Civil Veterinary Department Bihar & Orissa reports 1911-21 - 1911-1921
Year: 1911
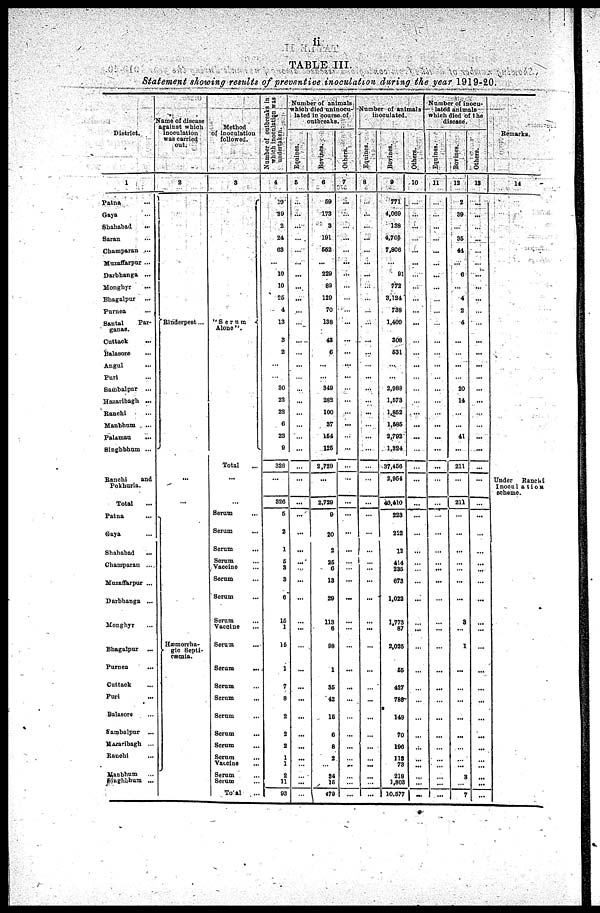
ii
TABLE III.
Statement showing results of preventive inoculation during the year 1919-20.
District.
1
Patna ...
Gaya ...
Shahabad ...
Saran ...
Champaran ...
Muzaffarpur ...
Dabhanga ...
Monghyr ...
Bhagalpur ...
Purnea ...
Santal
Par-
ganas.
Cuttack ...
Balasore ...
Angul ...
Puri ...
Sambalpur ...
Hazaribagh ...
Ranchi ...
Manbham ...
Palamau ...
Singhbhum ...
Ranchi
and
Pobhuria.
Total ...
Patna ...
Gaya ...
Shahabad ...
Champaran ...
Muzaffarpur ...
Darbhanga ...
Monghyr ...
Bhagalpur ...
Purnea ...
Cuttack ...
Puri ...
Balasorte ...
Sambalpur ...
Hazaribagh
Ranchi ...
Manbham ...
Singhbhum
...
Name of disease
against which
Inoculation
was carried
out.
2
Rinderpest ...
...
...
Hæmorrha-
gic Septi-
cæmia.
Method
of Inoculation
followed.
3
"Serum
Alone "
Total ...
...
...
Serum ...
Serum ...
Serum ...
Serum ...
Vaccine ...
Serum ...
Serum ...
Serum ...
Vaccine ...
Serum ...
Serum ...
Serum
Serum ...
Serum ...
Serum ...
Serum ...
Serum ...
Vaccine ...
Serum ...
Serum ...
Total ...
Number of outbreaks in
winch inoculation was
undertaken.
4
19
39
2
24
63
...
10
10
26
4
13
3
2
...
...
30
22
22
6
23
9
326
...
326
6
2
1
6
3
3
0
15
1
16
1
7
8
2
2
2
1
1
2
11
93
Number of animals
which died uninocu-
lated ic course of
outbreaks.
Equines.
5
...
...
...
...
...
...
...
...
...
...
...
...
...
...
...
...
...
...
...
...
...
...
...
...
...
...
...
...
...
...
...
...
...
...
...
...
...
...
...
...
...
...
...
...
...
Bovines .
6
59
173
3
101
662
...
229
80
120
70
138
48
6
...
...
349
282
100
37
164
126
2,729
...
2,720
9
20
2
26
0
13
29
113
6
98
1
36
42
16
6
8
2
...
34
15
479
Others.
7
...
...
...
...
...
...
...
...
...
...
...
...
...
...
...
...
...
...
...
...
...
...
...
...
...
...
...
...
...
...
...
...
...
...
...
...
...
...
...
...
...
......
...
...
...
Number of animals
inoculated.
Equines.
8
...
...
...
...
...
...
...
...
...
...
...
...
...
...
...
...
...
...
...
...
...
...
...
...
...
...
...
...
...
...
...
...
...
...
...
...
...
...
...
...
...
...
...
...
...
Bovines .
9
771
4,069
138
4,765
7,866
...
91
772
3,124
738
1,409
308
631
...
...
2,988
1,573
1,852
1,585
2,792
1,324
37,458
2,064
40,410
223
262
12
414
235
673
1,022
1,773
87
2,025
65
427
788
149
70
196
118
73
218
1,803
10,577
Others.
10
...
...
...
...
...
...
...
...
...
...
...
...
...
...
...
...
...
...
...
...
...
...
...
...
...
...
...
...
...
...
...
...
...
...
...
...
...
...
...
...
...
...
...
...
...
Number of inocu-
lated animals
which died of the
disease.
Equines.
11
...
...
...
...
...
...
...
...
...
...
...
...
...
...
...
...
...
...
...
...
...
...
...
...
...
...
...
...
...
...
...
...
...
...
...
...
...
...
...
...
...
...
...
...
...
Bovines.
12
2
39
...
36
41
...
6
...
4
2
1
...
...
...
...
20
14
...
...
41
...
211
...
211
...
...
...
...
...
...
...
8
...
1
...
...
...
...
...
...
...
...
3
...
7
Others.
13
...
...
...
...
...
...
...
...
...
...
...
...
...
...
...
...
...
...
...
...
...
...
...
...
...
...
...
...
...
...
...
...
...
...
...
...
...
...
...
...
...
...
...
...
...
Remarks.
14
Under
Ranchi
Inoculation
scheme.